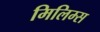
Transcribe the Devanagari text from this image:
मिलिम्स